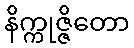
နိက္ကုဇ္ဇိတော